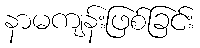
နာမကျန်းဖြစ်ခြင်း